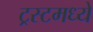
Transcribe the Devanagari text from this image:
ट्रस्टमध्ये